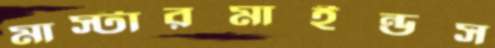
মাস্টারমাইন্ডস